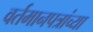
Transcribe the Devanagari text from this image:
वर्तमानपत्रांच्या